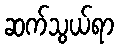
ဆက်သွယ်ရာ